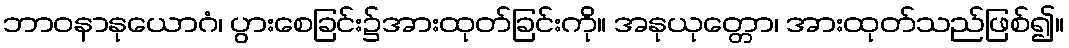
ဘာဝနာနုယောဂံ၊ ပွားစေခြင်း၌အားထုတ်ခြင်းကို။ အနုယုတ္တော၊ အားထုတ်သည်ဖြစ်၍။